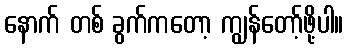
နောက် တစ် ခွက်ကတော့ ကျွန်တော့်ဖို့ပါ။